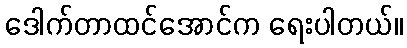
ဒေါက်တာထင်အောင်က ရေးပါတယ်။